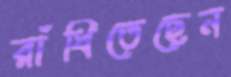
রাঁধিতেছেন